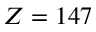
Z = 1 4 7